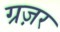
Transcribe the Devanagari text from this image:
ग्रज़र